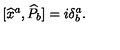
\lbrack \widehat { x } ^ { a } , \widehat { P } _ { b } ] = i \delta _ { b } ^ { a } .